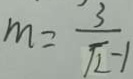
m = \frac { 3 } { \sqrt { 2 } - 1 }